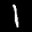
Label: 1